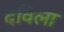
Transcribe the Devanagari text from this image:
दविला